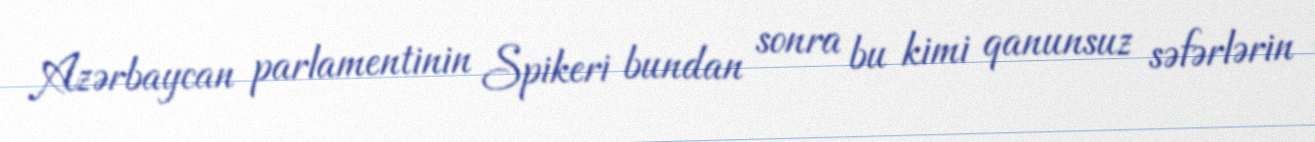
Azərbaycan parlamentinin Spikeri bundan sonra bu kimi qanunsuz səfərlərin